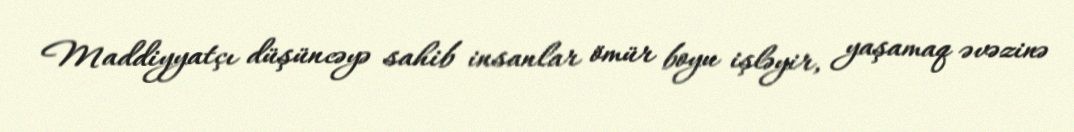
Maddiyyatçı düşüncəyə sahib insanlar ömür boyu işləyir, yaşamaq əvəzinə